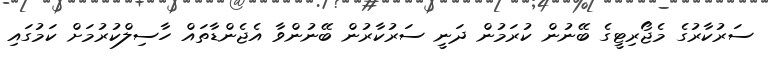
ސަރުކާރުގެ މެޖޯރިޓީގެ ބޭނުން ކުރަމުން ދަނީ ސަރުކާރުން ބޭނުންވާ އެޖެންޑާތައް ހާސިލްކުރުމަށް ކަމުގައި